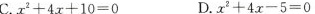
C.x^{2+4x+10=0 D.x^2}+4x-5=0